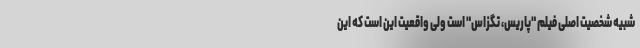
شبیه شخصیت اصلی فیلم "پاریس، تگزاس" است ولی واقعیت این است که این